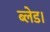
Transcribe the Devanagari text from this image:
ब्लेड।